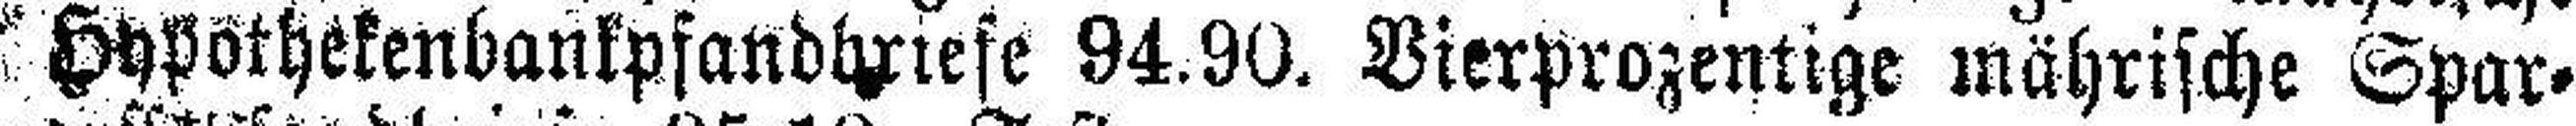
Hypothekenbankpfandbriefe 94.90. Vierprozentige mährische Spar¬